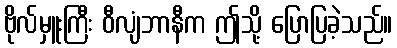
ဗိုလ်မှူးကြီး ဝီလျံဘာနီက ဤသို့ ပြောပြခဲ့သည်။